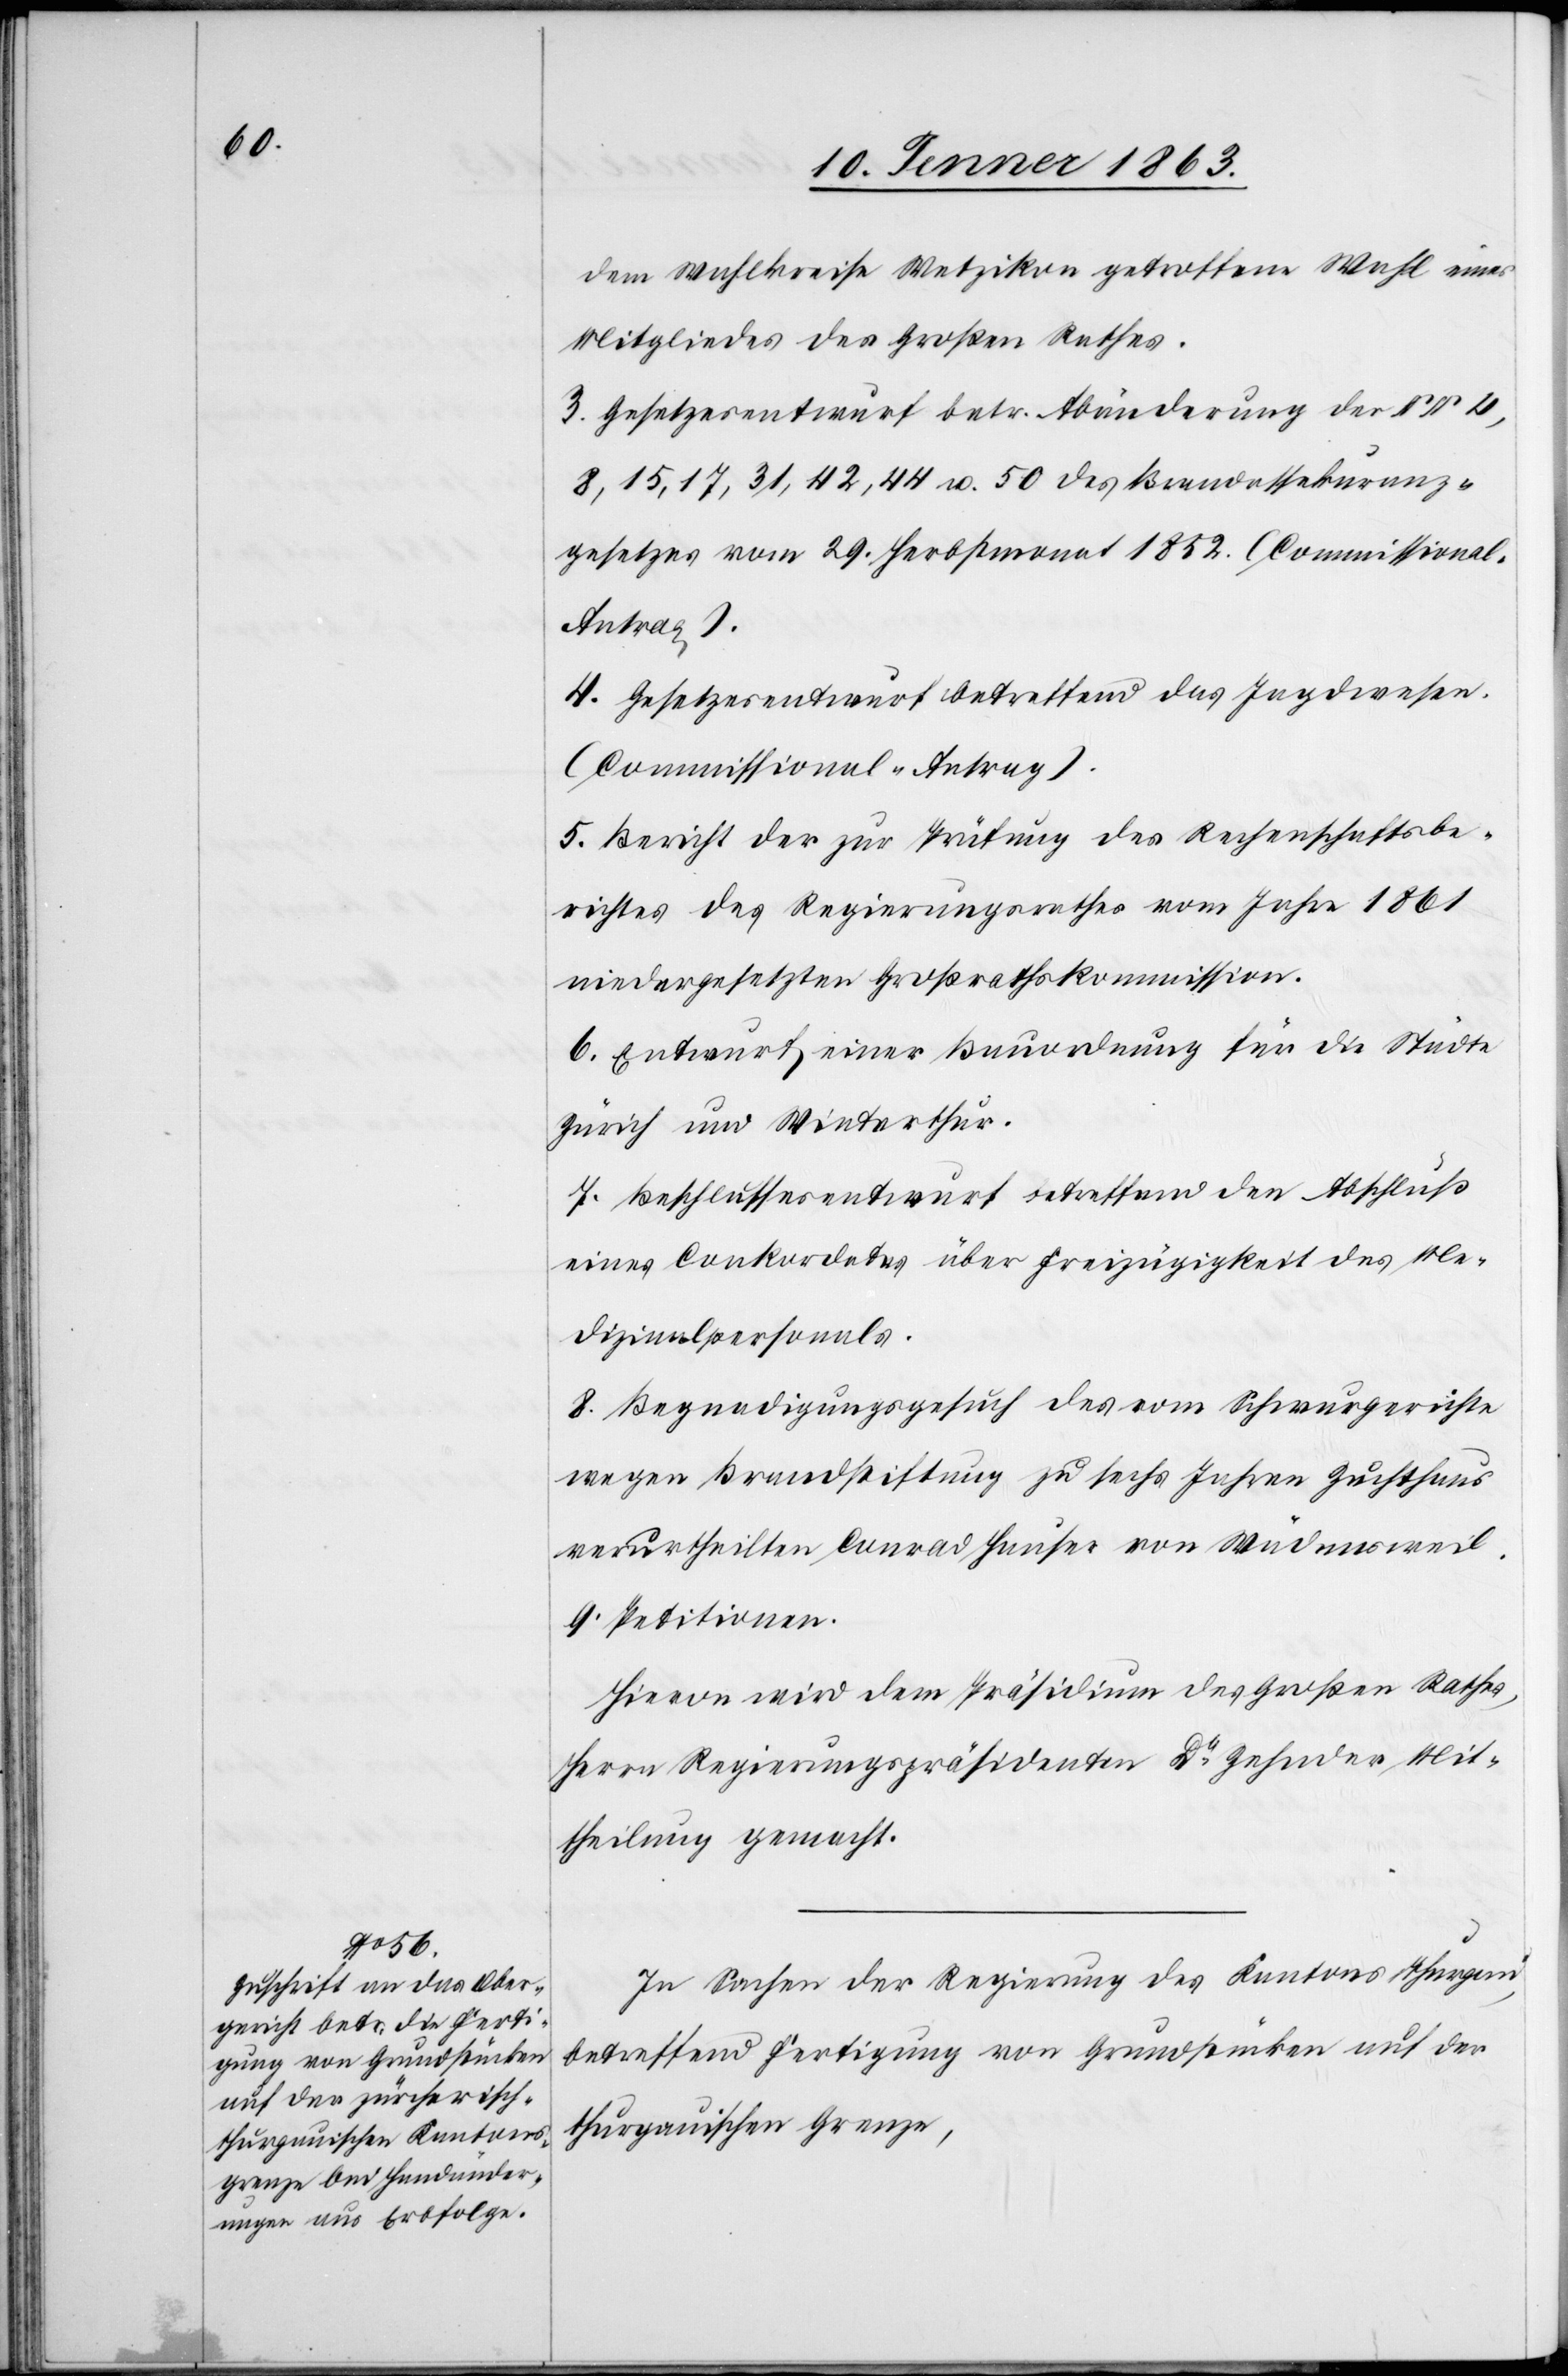
dem Wahlkreise Wetzikon getroffene Wahl eines
Mitgliedes des Großen Rathes.
3. Gesetzesentwurf betr. Abänderung der §§ 4,
8, 15, 17, 31, 42, 44 u. 50 des Brandassekuranz¬
gesetzes vom 29. Herbstmonat 1852. (Commissiona¬
l-Antrag).
4. Gesetzesentwurf betreffend das Jagdwesen.
(Commissional-Antrag).
5. Bericht der zur Prüfung des Rechenschaftsbe¬
richtes des Regierungsrathes vom Jahre 1861
niedergesetzten Großrathskommission.
6. Entwurf einer Bauordnung für die Städte
Zürich und Winterthur.
7. Beschlussesentwurf betreffend den Abschluß
eines Conkordates über Freizügigkeit des Me¬
dizinalpersonals.
8. Begnadigungsgesuch des vom Schwurgerichte
wegen Brandstiftung zu sechs Jahren Zuchthaus
verurtheilten Conrad Hauser von Wädensweil.
9. Petitionen.
Hievon wird dem Präsidium des Großen Rathes,
Herrn Regierungspräsidenten Dr Zehnder Mit¬
theilung gemacht.
In Sachen der Regierung des Kantons Thurgau,
betreffend Fertigung von Grundstücken auf der
thurgauischen Grenze,